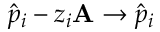
\hat { p } _ { i } - z _ { i } \mathbf { A } \rightarrow \hat { p } _ { i }